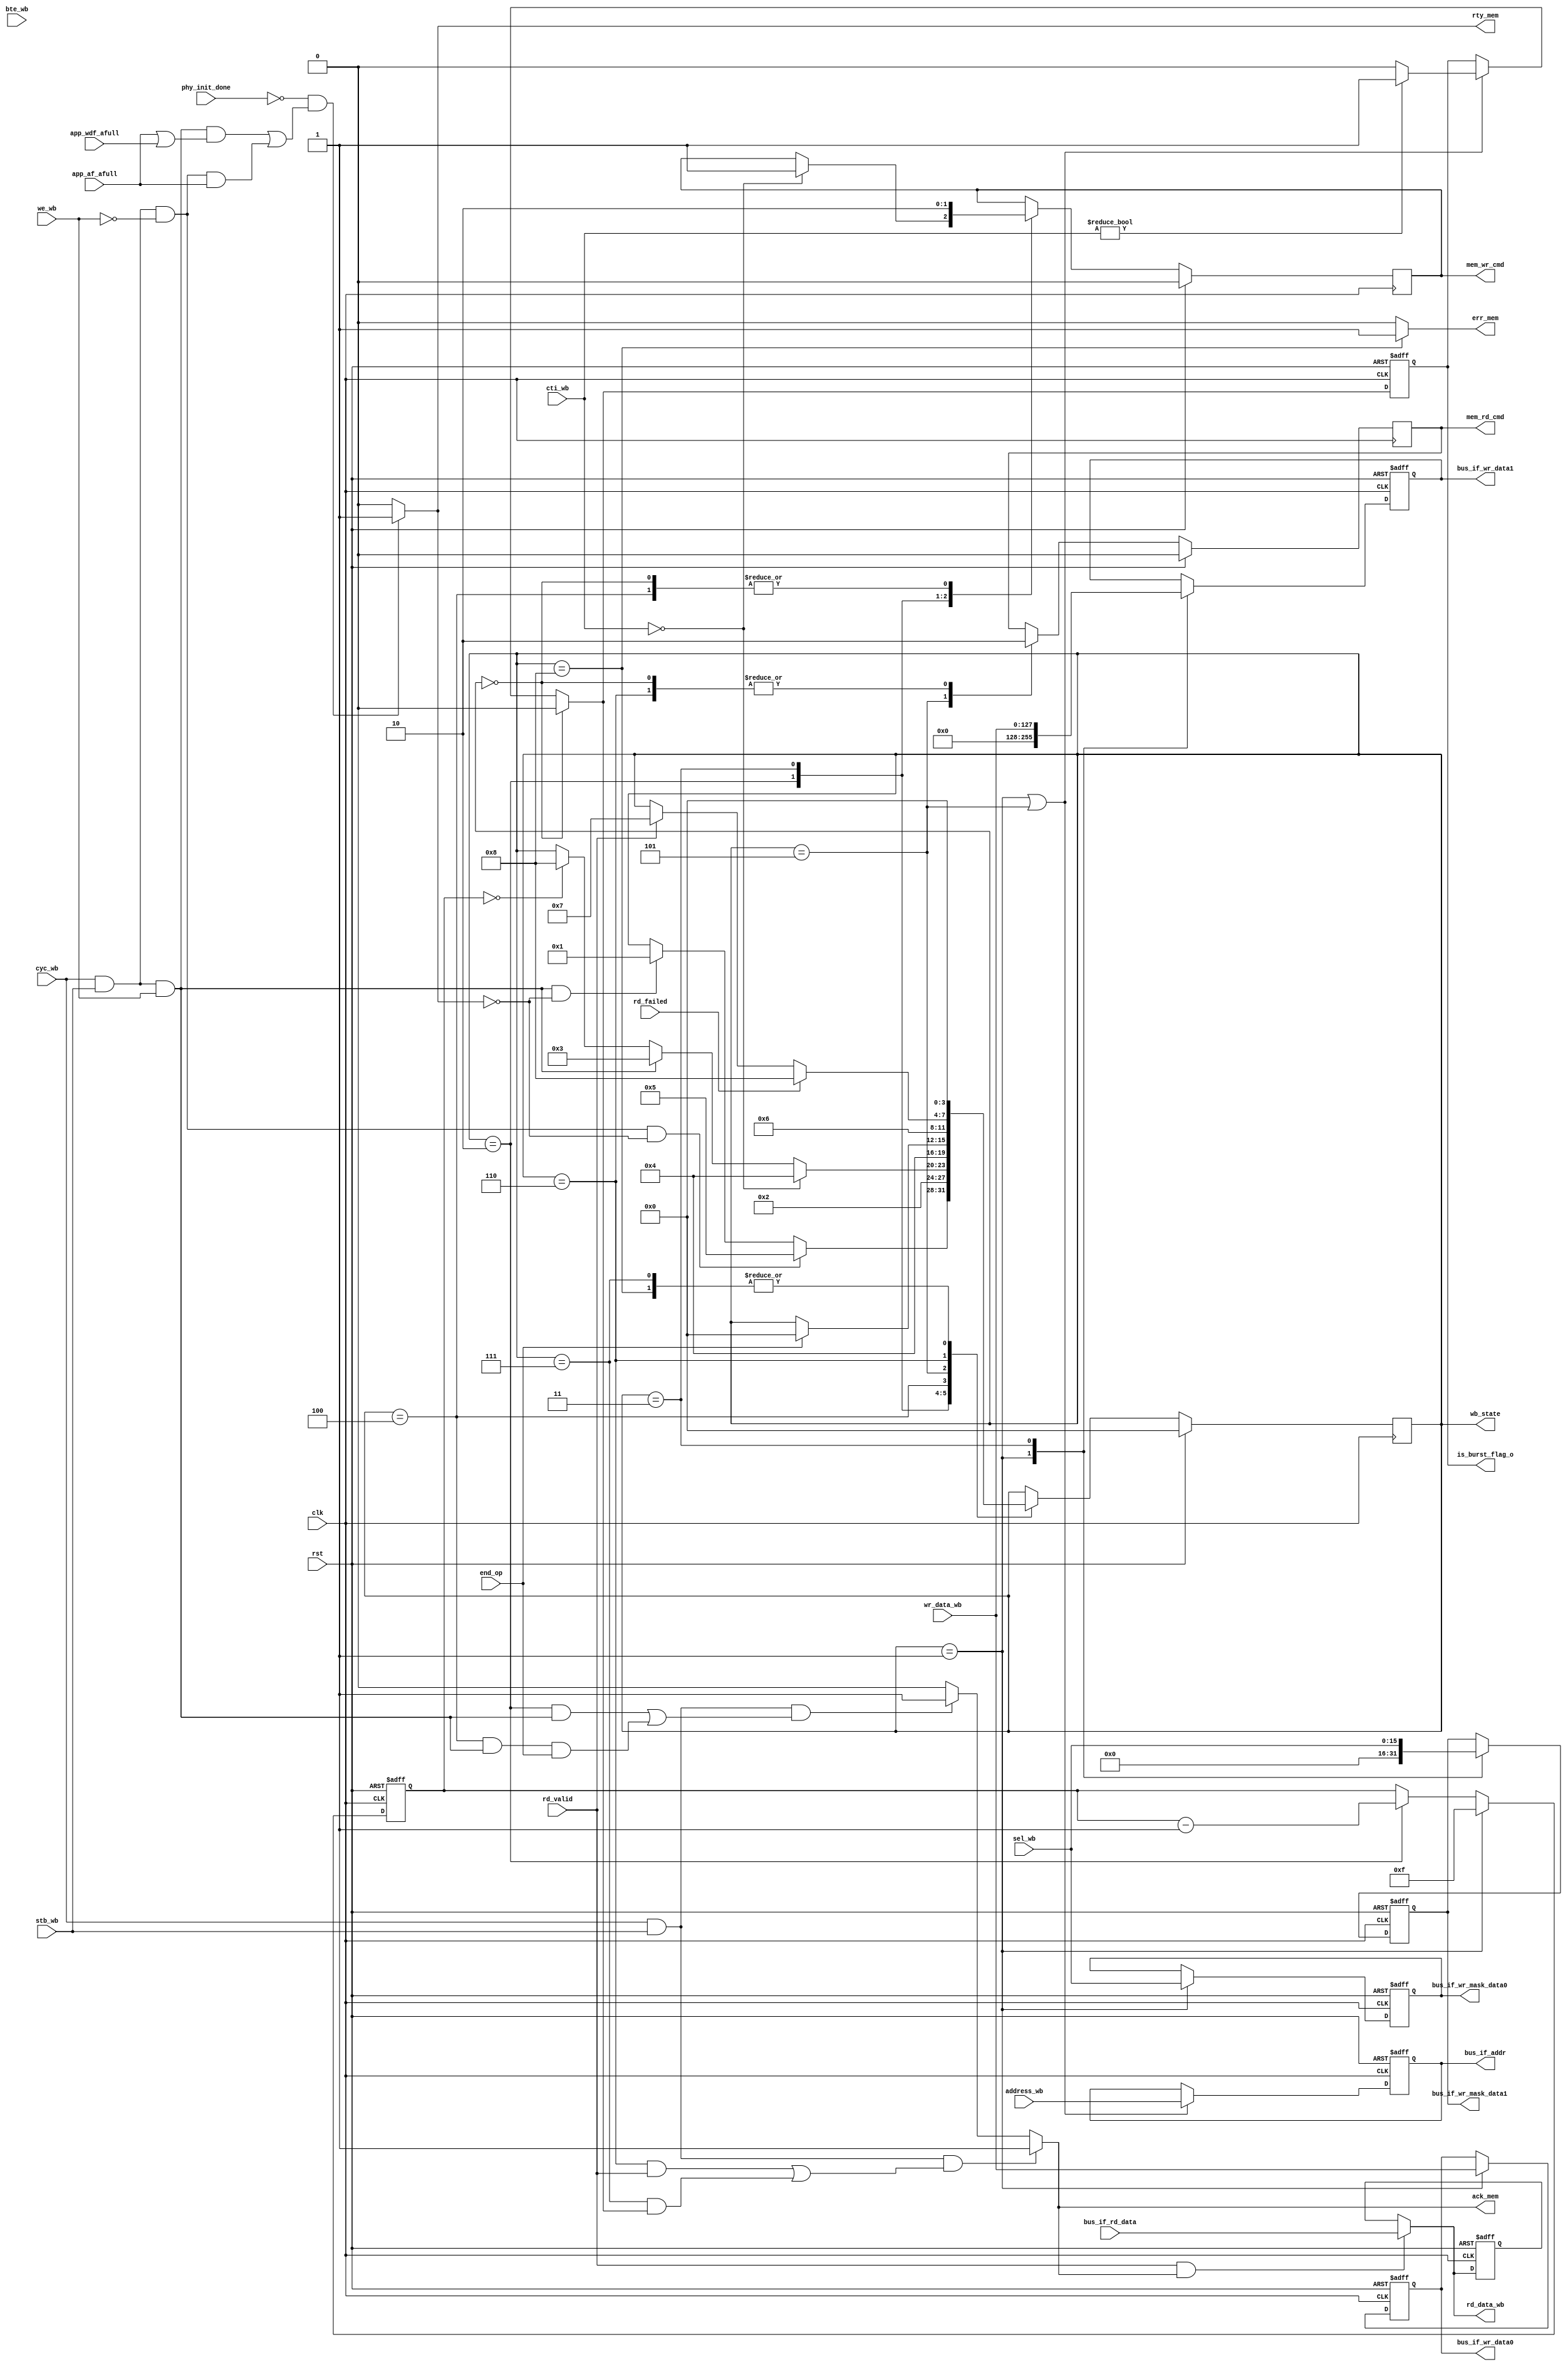
`timescale 1ns / 1ps
//////////////////////////////////////////////////////////////////////////////////
// Company: 
// Engineer: 
// 
// Design Name: 
// Module Name: DDR2_mem_wb_if
// Project Name: 
// Target Devices: 
// Tool Versions: 
// Description: 
// 
// Dependencies: 
// 
// Revision:
// Revision 0.01 - File Created
// Additional Comments:
// 
//////////////////////////////////////////////////////////////////////////////////

module DDR2_mem_wb_if #
  (
   parameter APPDATA_WIDTH           = 128     // # of usr read/write data bus bits.                                 
	)
	(
	 input clk,
	 input rst,  
	 //wishbone if signals
	 input 									cyc_wb,
	 input									stb_wb,
	 input	[30:0] 						address_wb,
	 input	[(APPDATA_WIDTH/8)-1:0]	sel_wb, //write mask	 
	 input	[APPDATA_WIDTH-1:0]		wr_data_wb, // write data
	 input									we_wb,
	 input 	[2:0]							cti_wb,
	 input   [1:0]							bte_wb,
	 //to wishbone from memory interface
	 output	reg							ack_mem, 
	 output 									err_mem, rty_mem,
	 output [APPDATA_WIDTH-1:0]	rd_data_wb, // rd data
 
	 //signals to/from memory user interface
	 output  reg[30:0] 						  	bus_if_addr,
	 output  reg [APPDATA_WIDTH-1:0]       bus_if_wr_data0, bus_if_wr_data1,
	 output  reg [(APPDATA_WIDTH/8)-1:0]   bus_if_wr_mask_data0, bus_if_wr_mask_data1,
	 output 	reg								  	mem_rd_cmd, 
	 output	reg								  	mem_wr_cmd,
	 input									  		rd_valid,
	 input									  		end_op,
	 input  [APPDATA_WIDTH-1:0]        		bus_if_rd_data,
	 input	                              app_wdf_afull,
    input	                              app_af_afull,
	 input		                           phy_init_done,
	 input											rd_failed, //signals the abnormal termination of a RD op
	 output [3:0] 									wb_state,
	 output											is_burst_flag_o
    );
 
	//for wishbone if state machine
	localparam WB_IDLE	= 4'b0000;
	localparam WR_LATCH_D0	= 4'b0001;
	localparam WR_WAIT_D1	= 4'b0010;
	localparam WR_LATCH_D1	= 4'b0011;
	localparam WR_WAIT_END_OP	= 4'b0100;
	localparam RD_REQ		= 4'b0101;
	localparam RD_WAIT_RSP= 4'b0110;
	localparam RD_RSP		= 4'b0111;
	localparam RD_WR_ERROR	= 4'b1000;
	localparam WB_END_BURST		= 4'b1001;
 
	reg [3:0]                 				wb_state_reg;
	reg											is_burst_flag;
	//rd/wr commands to memory
	wire	  									   rd_cmd; 
	wire										   wr_cmd;
	wire [APPDATA_WIDTH-1:0]	rd_data_to_latch;
	reg  [APPDATA_WIDTH-1:0]	rd_data_wb_reg;
	reg 								is_burst;
	reg	[3:0]						counter;
	//reg								err_flag;
 
 
 
	assign rd_cmd = cyc_wb & stb_wb & (!we_wb);
	assign wr_cmd = cyc_wb & stb_wb &  we_wb;
	assign rty_mem = (!phy_init_done) && ((wr_cmd  && (app_af_afull || app_wdf_afull)) || (rd_cmd && app_af_afull))? 1'b1: 1'b0;
 
	assign wb_state = wb_state_reg;
	always @(posedge clk)
	begin
		if (rst)
		begin
			wb_state_reg <= WB_IDLE;
			mem_wr_cmd <= 1'b0;
			mem_rd_cmd <= 1'b0;
			//counter <= 0;
		end
		else 
			case (wb_state_reg)
				WB_IDLE: 
					begin
						mem_wr_cmd <= 1'b0;
						mem_rd_cmd <= 1'b0;
						if (wr_cmd && !rty_mem)
							wb_state_reg <= WR_LATCH_D0;
						if (rd_cmd && !rty_mem)
							wb_state_reg <= RD_REQ;
					end
				WR_LATCH_D0:
					begin
						//latch data0 & mask, address
						//generate ack
						wb_state_reg <= WR_WAIT_D1;	
						//counter <= 15;
					end
				WR_WAIT_D1:
					begin
						if (cti_wb == 3'b000) //single write
							begin
								//no need for second data proceed with WR
								mem_wr_cmd <= 1'b1;
								wb_state_reg <= WR_WAIT_END_OP;
							end
						else
							begin
								if (wr_cmd)
									wb_state_reg <= WR_LATCH_D1;
								else if (counter == 0)
									wb_state_reg <= RD_WR_ERROR;
							end
					end
				WR_LATCH_D1:
					begin
						//latch data1 & mask and generate ack
						mem_wr_cmd <= 1'b1; // start write to mem
						wb_state_reg <= WR_WAIT_END_OP;	
					end
				WR_WAIT_END_OP:
					begin
						//wait for memory to signal end of wr to fifos
						mem_wr_cmd <= 1'b0;
						if (end_op)
							wb_state_reg <= WB_IDLE;
					end
				RD_REQ: 
					begin
						//latch address from mem
						mem_rd_cmd <= 1'b1;
						wb_state_reg <= RD_WAIT_RSP;
					end
				RD_WAIT_RSP: 
					begin
						//check if rsp. available
						mem_rd_cmd <= 1'b0;
						if (rd_failed)
						begin
							wb_state_reg <= RD_WR_ERROR; //todo: revise if WB_IDLE is not more suitable
						end
						else
						begin
							if (rd_valid)
								wb_state_reg <= RD_RSP;
						end
					end
				RD_RSP:
					begin
						//based on (cti_wb == 3'b000) value - single read
						//deactivate ack /latch second data word for bus transfer
						wb_state_reg <= WB_IDLE;
					end
				RD_WR_ERROR:
					begin
						wb_state_reg <= WB_IDLE;
					end
				endcase
	end
	//latch address
	always @(posedge clk, posedge rst)
	begin
		if (rst == 1'b1)
			bus_if_addr <= 0;
		else
			if ((wb_state_reg == WR_LATCH_D0) || (wb_state_reg == RD_REQ))
				bus_if_addr <= address_wb;
	end
	//latch data0
	always @(posedge clk, posedge rst)
	begin
		if (rst == 1'b1)
		begin
			bus_if_wr_data0 <= 0;
			bus_if_wr_mask_data0 <= 0;
		end
		else
			if (wb_state_reg == WR_LATCH_D0)
			begin
				bus_if_wr_data0 <= wr_data_wb;
				bus_if_wr_mask_data0 <= sel_wb;
			end
	end
	//latch data1
	always @(posedge clk, posedge rst)
	begin
		if (rst == 1'b1)
		begin
			bus_if_wr_data1 <= 0;
			bus_if_wr_mask_data1 <= 0;
		end
		else
			case (wb_state_reg)
				WR_LATCH_D0:
				begin
					bus_if_wr_data1 <= 0;
					bus_if_wr_mask_data1 <= 0;
				end
				WR_LATCH_D1:
				begin
					bus_if_wr_data1 <= wr_data_wb;
					bus_if_wr_mask_data1 <= sel_wb;
				end
			endcase
	end
	//generate ack for write & rd
	//assign ack_mem = ((wb_state_reg == WR_WAIT_D1 && wr_cmd) || ((wb_state_reg == WR_WAIT_END_OP && wr_cmd) && (end_op == 1'b1)) || ((wb_state_reg == RD_WAIT_RSP) && rd_valid) || ((wb_state_reg == RD_RSP)  && is_burst) )? 1'b1: 1'b0;
	//latch rd data
	always @(posedge clk, posedge rst)
	begin
		if (rst == 1'b1)
		begin
			rd_data_wb_reg <= 0;
		end
		else
			rd_data_wb_reg <= rd_data_to_latch;
	end
	//assign rd_data_to_latch = rd_valid && ((wb_state_reg == RD_WAIT_RSP) || ((wb_state_reg == RD_RSP) && is_burst_flag))? bus_if_rd_data: rd_data_wb_reg;
	assign rd_data_to_latch = (rd_valid && ack_mem)? bus_if_rd_data: rd_data_wb_reg;
	assign rd_data_wb = rd_data_to_latch;
	//assign rd_data_to_latch = rd_valid? bus_if_rd_data: rd_data_wb_reg;
 
	//single/burst op signaling
	assign is_burst_flag_o = is_burst_flag;
 
	always @(posedge clk, posedge rst)
	begin
		if (rst == 1'b1)
		begin
			is_burst_flag <= 0;
		end
		else
				is_burst_flag <= is_burst;
	end
	always @*
	begin
		is_burst = is_burst_flag;
		if ((wb_state_reg == WR_LATCH_D0) || (wb_state_reg == RD_REQ))
				if (cti_wb != 3'b000)
					is_burst = 1'b1;
				else
					is_burst = 1'b0;
		if (wb_state_reg == WB_IDLE)
			is_burst = 1'b0;
	end
	always @*
	begin
		ack_mem = 1'b0;
		if ((cyc_wb && stb_wb) &&((wb_state_reg == WR_WAIT_D1 && wr_cmd) || ((wb_state_reg == WR_WAIT_END_OP && wr_cmd)&& (end_op == 1'b1))))
			ack_mem = 1'b1;
		if ((cyc_wb && stb_wb) &&( ((wb_state_reg == RD_WAIT_RSP) && rd_valid) || ((wb_state_reg == RD_RSP)  && is_burst) ))
			ack_mem = 1'b1;
	end
	//wishbone error signaling
	assign err_mem = (wb_state_reg == RD_WR_ERROR)? 1'b1: 1'b0;
	//assign is_burst = (cti_wb == 3'b010);
	//timeout counter for WR
	always @(posedge clk, posedge rst)
	begin
		if (rst == 1'b1)
		begin
			counter <= 0;
		end
		else
			if ((wb_state_reg == WR_LATCH_D0))
				counter <= 15;
			else
				if (wb_state_reg == WR_WAIT_D1)
					counter <= counter - 1'b1;
	end
endmodule